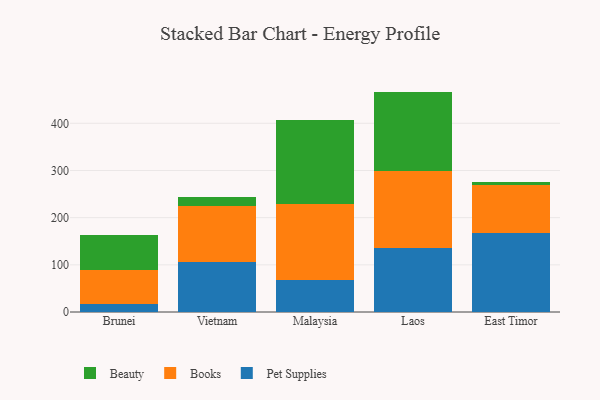
{"axis": {"x": "Country", "y": "Budget (USD K)"}, "legend": ["Beauty", "Books", "Pet Supplies"], "data": [{"x": "Brunei", "y": 17.2, "type": "Pet Supplies"}, {"x": "Brunei", "y": 72.1, "type": "Books"}, {"x": "Brunei", "y": 74.1, "type": "Beauty"}, {"x": "Vietnam", "y": 105.2, "type": "Pet Supplies"}, {"x": "Vietnam", "y": 119.9, "type": "Books"}, {"x": "Vietnam", "y": 18.4, "type": "Beauty"}, {"x": "Malaysia", "y": 68.4, "type": "Pet Supplies"}, {"x": "Malaysia", "y": 159.5, "type": "Books"}, {"x": "Malaysia", "y": 179.1, "type": "Beauty"}, {"x": "Laos", "y": 135.5, "type": "Pet Supplies"}, {"x": "Laos", "y": 164.2, "type": "Books"}, {"x": "Laos", "y": 167.5, "type": "Beauty"}, {"x": "East Timor", "y": 168.4, "type": "Pet Supplies"}, {"x": "East Timor", "y": 100.1, "type": "Books"}, {"x": "East Timor", "y": 7.2, "type": "Beauty"}]}